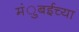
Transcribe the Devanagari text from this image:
मंुबईच्या